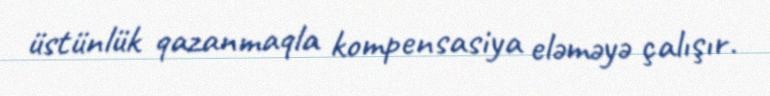
üstünlük qazanmaqla kompensasiya eləməyə çalışır.